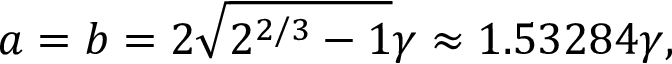
a = b = 2 \sqrt { 2 ^ { 2 / 3 } - 1 } \gamma \approx 1 . 5 3 2 8 4 \gamma ,